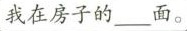
我在房子的___面。